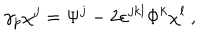
LaTeX: \gamma _ { p } \chi ^ { j } = \Psi ^ { j } - 2 \varepsilon ^ { j k l } \Phi ^ { k } \chi ^ { l } ~ ,